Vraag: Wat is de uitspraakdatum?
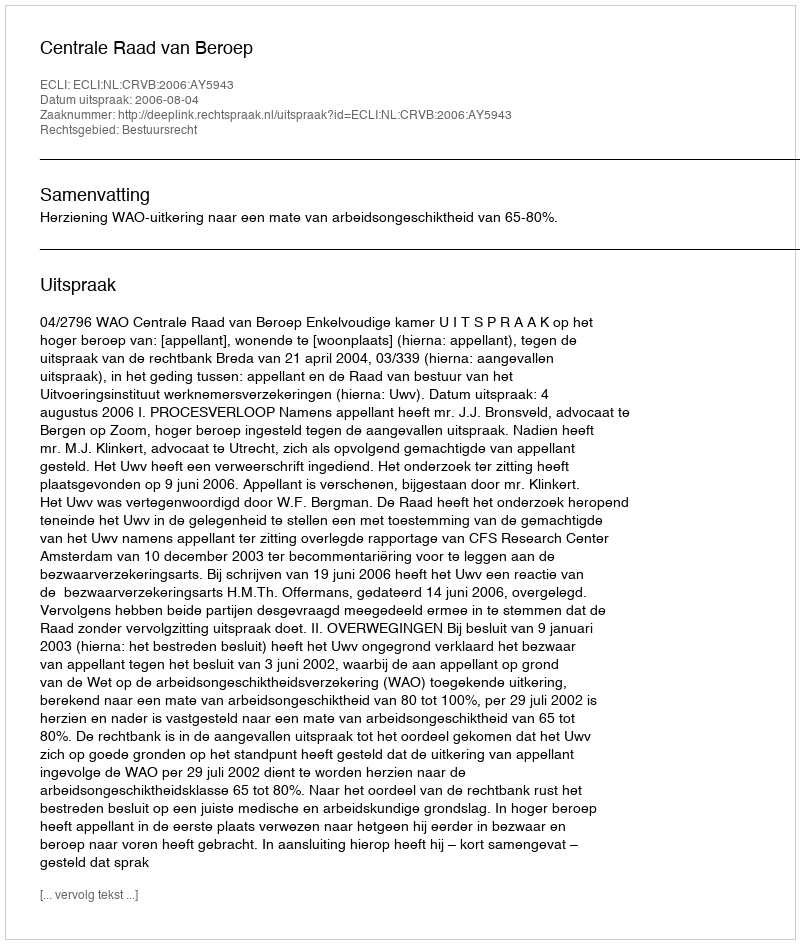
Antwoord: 2006-08-04